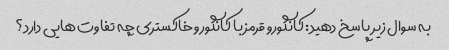
به سوال زیر پاسخ دهید: کانگورو قرمز با کانگورو خاکستری چه تفاوت هایی دارد؟